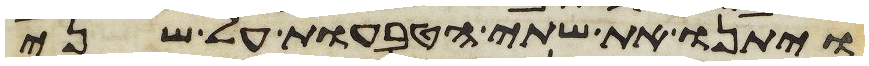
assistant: ויתנו את שתי הטבעות על שני